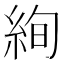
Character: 絢